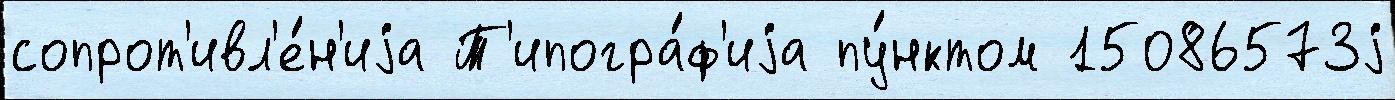
сопрот'ивл'е́н'иjа Т'ипогра́ф'иjа пу́нктом 15086573j